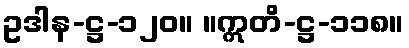
ဥဒါန-ဋ္ဌ-၁၂၀။ ။ဣတိ-ဋ္ဌ-၁၁၈။